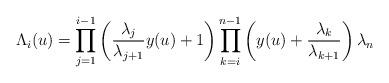
LaTeX: \begin{align*} \Lambda_i (u) = \prod_{j=1} ^{i-1} \left( \frac{\lambda_j}{\lambda_{j+1}} y (u) +1 \right) \prod_{k=i} ^{n-1} \left( y(u) + \frac{\lambda_k}{\lambda_{k+1}}\right) \lambda_n\end{align*}